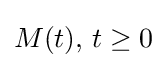
M(t),\,t\geq 0